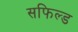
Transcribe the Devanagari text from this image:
सफिल्ड